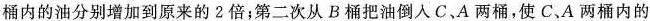
桶内的油分别增加到原来的2倍；第二次从B桶把油倒入C、A两桶，使C、A两桶内的